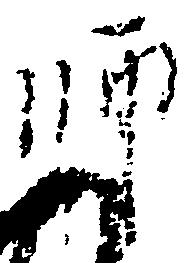
師